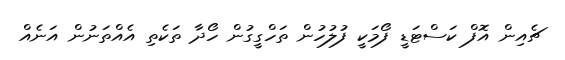
ޗެއިން އޮފް ކަސްޓަޑީ ފޯމަކީ ފުލުހުން ތަހްގީގުން ހޯދާ ތަކެތި އެއްތަނުން އަނެއް